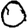
Digit: 0